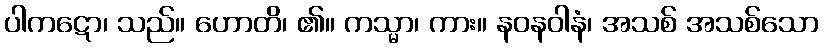
ပါကဋော၊ သည်။ ဟောတိ၊ ၏။ ကသ္မာ၊ ကား။ နဝနဝါနံ၊ အသစ် အသစ်သော